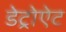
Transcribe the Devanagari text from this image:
डेट्रोऐट